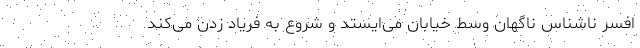
افسر ناشناس ناگهان وسط خیابان می‌ایستد و شروع به فریاد زدن می‌کند